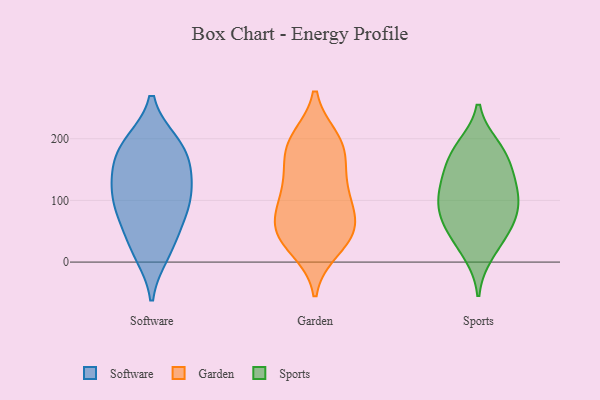
{"axis": {"x": "Active Users", "y": "Value"}, "legend": ["Garden", "Software", "Sports"], "data": [{"x": "", "y": 193, "type": "Software"}, {"x": "", "y": 51, "type": "Software"}, {"x": "", "y": 74, "type": "Software"}, {"x": "", "y": 188, "type": "Software"}, {"x": "", "y": 99, "type": "Software"}, {"x": "", "y": 143, "type": "Software"}, {"x": "", "y": 193, "type": "Software"}, {"x": "", "y": 88, "type": "Software"}, {"x": "", "y": 14, "type": "Software"}, {"x": "", "y": 144, "type": "Software"}, {"x": "", "y": 167, "type": "Software"}, {"x": "", "y": 19, "type": "Software"}, {"x": "", "y": 126, "type": "Software"}, {"x": "", "y": 103, "type": "Software"}, {"x": "", "y": 189, "type": "Garden"}, {"x": "", "y": 47, "type": "Garden"}, {"x": "", "y": 134, "type": "Garden"}, {"x": "", "y": 198, "type": "Garden"}, {"x": "", "y": 79, "type": "Garden"}, {"x": "", "y": 47, "type": "Garden"}, {"x": "", "y": 94, "type": "Garden"}, {"x": "", "y": 23, "type": "Garden"}, {"x": "", "y": 190, "type": "Garden"}, {"x": "", "y": 42, "type": "Garden"}, {"x": "", "y": 101, "type": "Garden"}, {"x": "", "y": 133, "type": "Garden"}, {"x": "", "y": 180, "type": "Garden"}, {"x": "", "y": 51, "type": "Garden"}, {"x": "", "y": 114, "type": "Sports"}, {"x": "", "y": 132, "type": "Sports"}, {"x": "", "y": 88, "type": "Sports"}, {"x": "", "y": 141, "type": "Sports"}, {"x": "", "y": 55, "type": "Sports"}, {"x": "", "y": 186, "type": "Sports"}, {"x": "", "y": 176, "type": "Sports"}, {"x": "", "y": 71, "type": "Sports"}, {"x": "", "y": 14, "type": "Sports"}, {"x": "", "y": 110, "type": "Sports"}, {"x": "", "y": 39, "type": "Sports"}, {"x": "", "y": 82, "type": "Sports"}, {"x": "", "y": 175, "type": "Sports"}]}